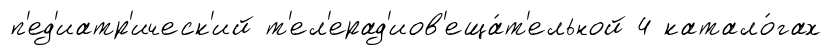
п'ед'иатр'ическ'ий т'ел'ерад'иов'еща́т'ельной 4 катало́гах